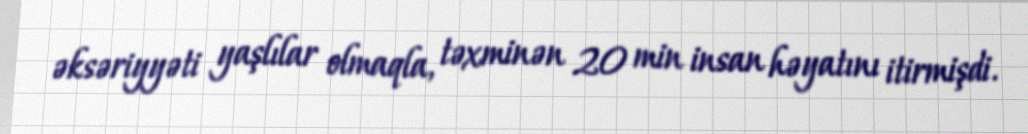
əksəriyyəti yaşlılar olmaqla, təxminən 20 min insan həyatını itirmişdi.